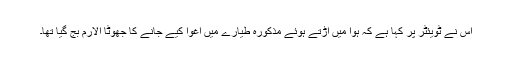
اس نے ٹویئٹر پر کہا ہے کہ ہوا میں اڑتے ہوئے مذکورہ طیارے میں اغوا کیے جانے کا جھوٹا الارم بج گیا تھا۔